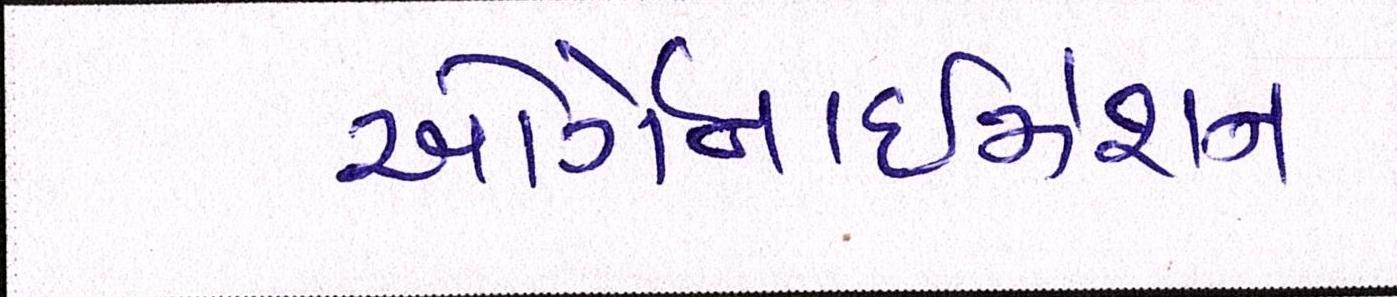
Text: ઓર્ગેનાઈઝેશન